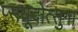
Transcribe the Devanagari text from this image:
प्सयूदोत्सुगा